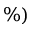
\% )